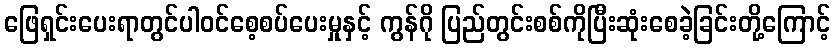
ဖြေရှင်းပေးရာတွင်ပါဝင်စေ့စပ်ပေးမှုနှင့် ကွန်ဂို ပြည်တွင်းစစ်ကိုပြီးဆုံးစေခဲ့ခြင်းတို့ကြောင့်